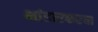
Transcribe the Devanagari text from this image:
भांडारकरचा